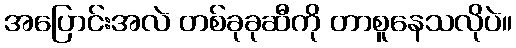
အပြောင်းအလဲ တစ်ခုခုဆီကို တာစူနေသလိုပဲ။